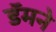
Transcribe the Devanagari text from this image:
डॅमने